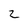
Character: 2